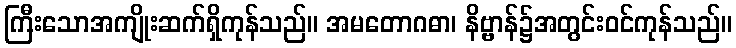
ကြီးသောအကျိုးဆက်ရှိကုန်သည်။ အမတောဂဓာ၊ နိဗ္ဗာန်၌အတွင်းဝင်ကုန်သည်။